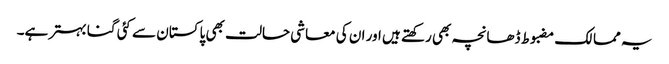
یہ ممالک مضبوط ڈھانچہ بھی رکھتے ہیں اور ان کی معاشی حالت بھی پاکستان سے کئی گنا بہتر ہے۔